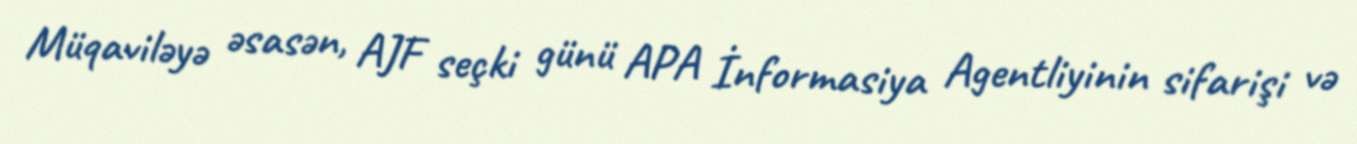
Müqaviləyə əsasən, AJF seçki günü APA İnformasiya Agentliyinin sifarişi və